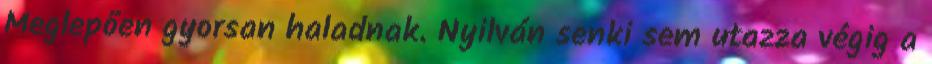
Meglepően gyorsan haladnak. Nyilván senki sem utazza végig a